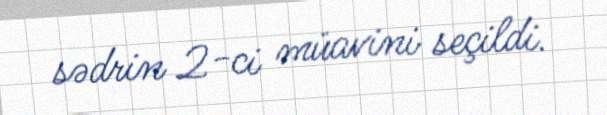
sədrin 2-ci müavini seçildi.